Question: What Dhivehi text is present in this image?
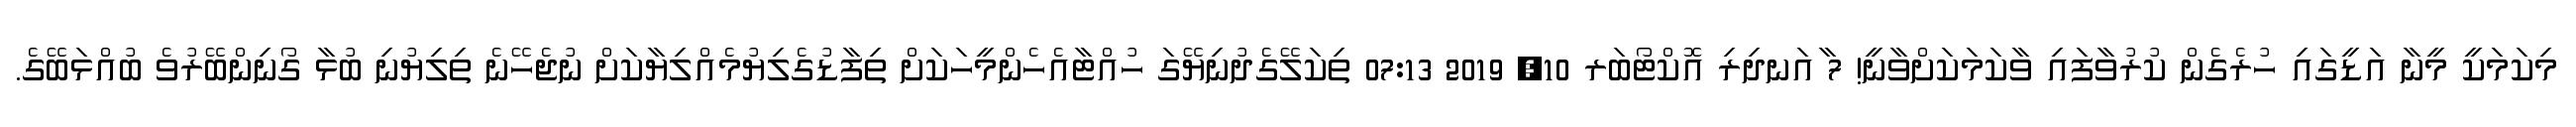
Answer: މިކަމަކީ މީނާ އަޑީގައި ހުރެގެން ކުރުވާފައި ވާކަމަކަށްވާނީ! 7 ާއަނދިރި އޮކްޓޯބަރ 10, 2019 07:13 ތިކަލޭގެދުނިޔޭގަ ހުއްޓާއެހެންމީހަކަށް ތިފާޑުގެލިޔުމެއްލިޔާކަށް ނުޖެހޭނެ ތިލިޔުނި ބުޅާ ގޯނިންބޭރުވެ ބުއްޅަބޭގެ.